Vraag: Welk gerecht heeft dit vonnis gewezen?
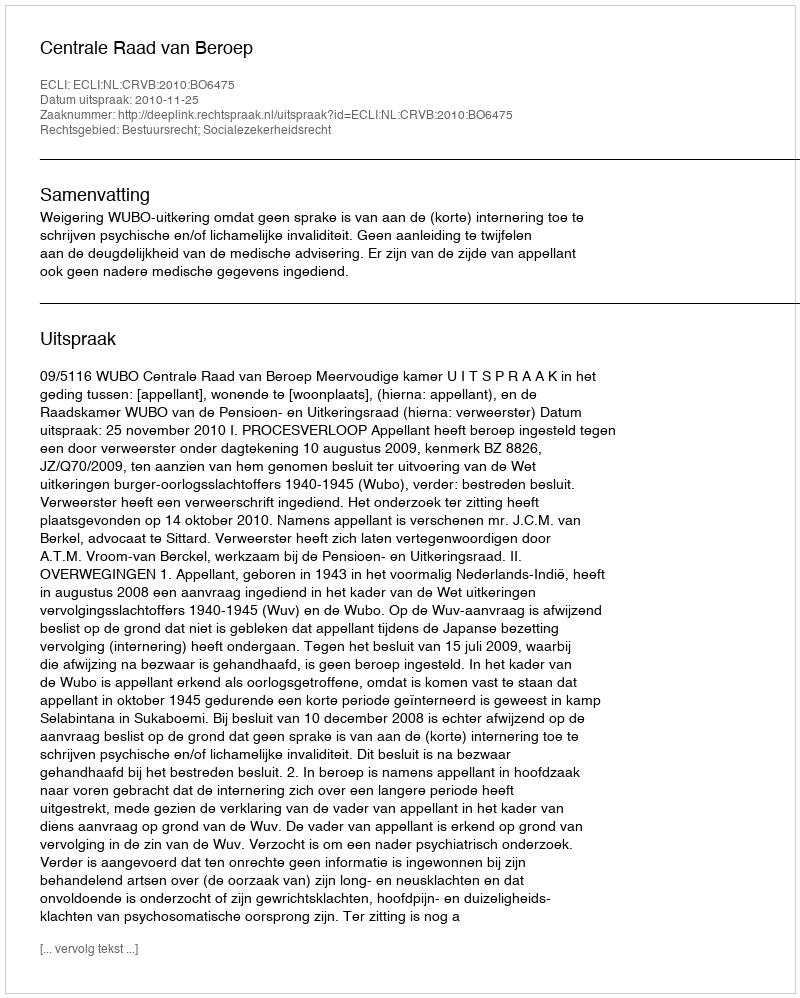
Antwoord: Centrale Raad van Beroep